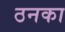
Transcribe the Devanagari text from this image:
ठनका